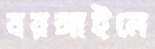
বরঙ্গাইলে